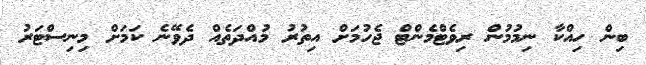
ބިން ހިއްކާ ނިމުމުން ރިވެޓްމެންޓް ޖެހުމަށް އިތުރު މުއްދަތެއް ދެވޭނެ ކަމަށް މިނިސްޓަރު